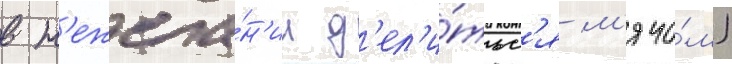
в н'ежела́н'ии д'ел'и́тьс'я м'ячо́м)